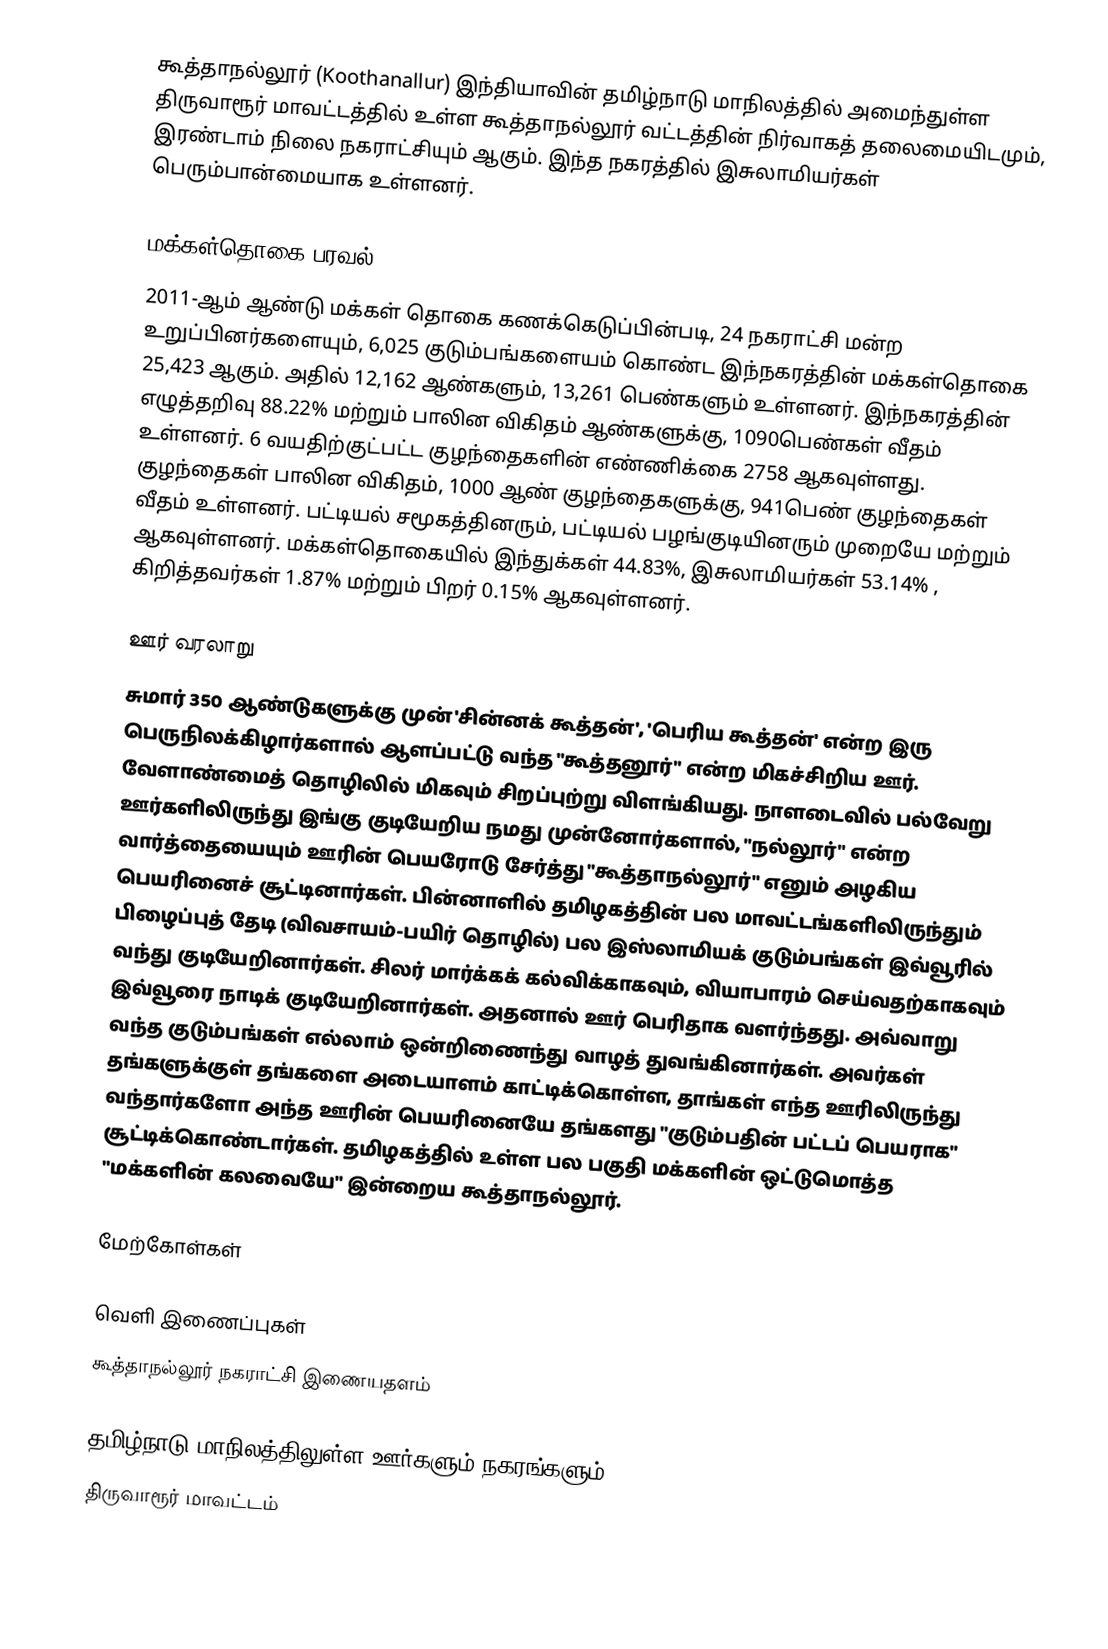
கூத்தாநல்லூர்  (Koothanallur) இந்தியாவின் தமிழ்நாடு மாநிலத்தில் அமைந்துள்ள திருவாரூர் மாவட்டத்தில் உள்ள கூத்தாநல்லூர் வட்டத்தின் நிர்வாகத் தலைமையிடமும், இரண்டாம் நிலை  நகராட்சியும் ஆகும். இந்த நகரத்தில் இசுலாமியர்கள் பெரும்பான்மையாக உள்ளனர்.

மக்கள்தொகை பரவல்
2011-ஆம் ஆண்டு மக்கள் தொகை கணக்கெடுப்பின்படி,  24 நகராட்சி மன்ற உறுப்பினர்களையும், 6,025 குடும்பங்களையம் கொண்ட இந்நகரத்தின் மக்கள்தொகை  25,423 ஆகும். அதில் 12,162 ஆண்களும், 13,261 பெண்களும் உள்ளனர்.   இந்நகரத்தின் எழுத்தறிவு  88.22% மற்றும் பாலின விகிதம் ஆண்களுக்கு,  1090பெண்கள் வீதம் உள்ளனர். 6 வயதிற்குட்பட்ட குழந்தைகளின் எண்ணிக்கை 2758 ஆகவுள்ளது. குழந்தைகள் பாலின விகிதம்,  1000 ஆண் குழந்தைகளுக்கு, 941பெண் குழந்தைகள் வீதம் உள்ளனர். பட்டியல் சமூகத்தினரும், பட்டியல் பழங்குடியினரும்  முறையே  மற்றும் ஆகவுள்ளனர். மக்கள்தொகையில் இந்துக்கள் 44.83%,  இசுலாமியர்கள் 53.14% , கிறித்தவர்கள் 1.87%  மற்றும்  பிறர் 0.15% ஆகவுள்ளனர்.

ஊர் வரலாறு
சுமார் 350 ஆண்டுகளுக்கு முன் 'சின்னக் கூத்தன்',  'பெரிய கூத்தன்' என்ற இரு பெருநிலக்கிழார்களால் ஆளப்பட்டு வந்த "கூத்தனூர்" என்ற மிகச்சிறிய ஊர். வேளாண்மைத் தொழிலில் மிகவும் சிறப்புற்று விளங்கியது. நாளடைவில் பல்வேறு ஊர்களிலிருந்து இங்கு குடியேறிய நமது முன்னோர்களால், "நல்லூர்" என்ற வார்த்தையையும் ஊரின் பெயரோடு சேர்த்து "கூத்தாநல்லூர்" எனும் அழகிய பெயரினைச் சூட்டினார்கள். பின்னாளில் தமிழகத்தின் பல மாவட்டங்களிலிருந்தும் பிழைப்புத் தேடி (விவசாயம்-பயிர் தொழில்) பல இஸ்லாமியக் குடும்பங்கள் இவ்வூரில் வந்து குடியேறினார்கள். சிலர் மார்க்கக் கல்விக்காகவும், வியாபாரம் செய்வதற்காகவும்  இவ்வூரை நாடிக் குடியேறினார்கள். அதனால் ஊர் பெரிதாக வளர்ந்தது. அவ்வாறு வந்த குடும்பங்கள் எல்லாம்   ஒன்றிணைந்து வாழத் துவங்கினார்கள். அவர்கள் தங்களுக்குள் தங்களை அடையாளம் காட்டிக்கொள்ள, தாங்கள் எந்த ஊரிலிருந்து வந்தார்களோ அந்த ஊரின் பெயரினையே தங்களது "குடும்பதின் பட்டப் பெயராக" சூட்டிக்கொண்டார்கள். தமிழகத்தில் உள்ள பல பகுதி மக்களின் ஒட்டுமொத்த "மக்களின் கலவையே" இன்றைய கூத்தாநல்லூர்.

மேற்கோள்கள்

வெளி இணைப்புகள்
 கூத்தாநல்லூர் நகராட்சி இணையதளம்

தமிழ்நாடு மாநிலத்திலுள்ள ஊர்களும் நகரங்களும்
திருவாரூர் மாவட்டம்